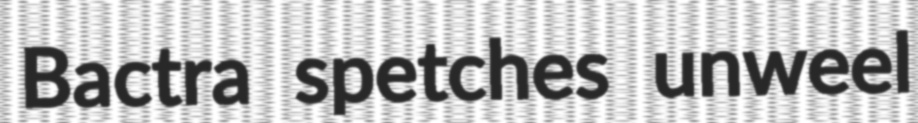
Bactra spetches unweel